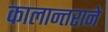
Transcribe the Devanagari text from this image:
कालान्तराने